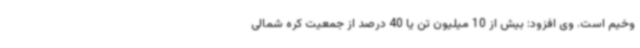
وخیم است. وی افزود: بیش از 10 میلیون تن یا 40 درصد از جمعیت کره شمالی